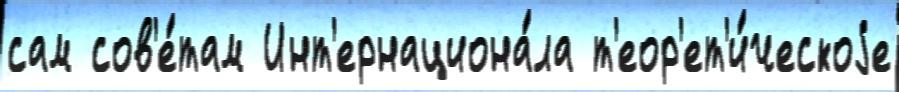
сам сов'е́там Инт'ернациона́ла т'еор'ет'и́ческоjе